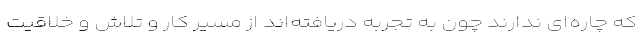
که چاره‌ای ندارند چون به تجربه دریافته‌اند از مسیر کار و تلاش و خلاقیت